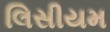
લિસીયમ